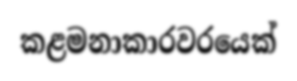
කළමනාකාරවරයෙක්